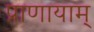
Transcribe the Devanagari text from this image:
प्राणायाम्